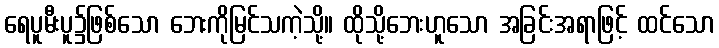
ရေပူမီးပူ၌ဖြစ်သော ဘေးကိုမြင်သကဲ့သို့။ ထိုသို့ဘေးဟူသော အခြင်းအရာဖြင့် ထင်သော